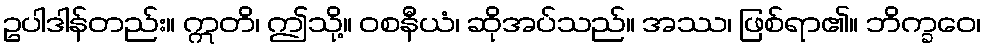
ဥပါဒါန်တည်း။ ဣတိ၊ ဤသို့။ ဝစနီယံ၊ ဆိုအပ်သည်။ အဿ၊ ဖြစ်ရာ၏။ ဘိက္ခဝေ၊